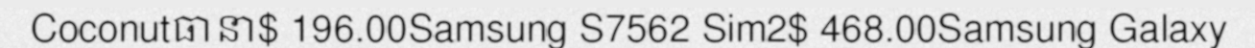
Coconutធានា$ 196.00Samsung S7562 Sim2$ 468.00Samsung Galaxy